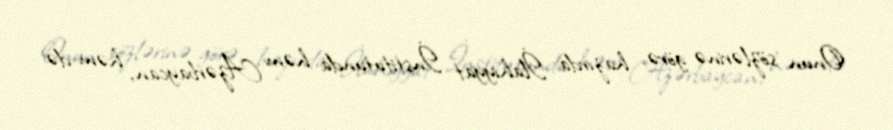
Onun sözlərinə görə, hazırda İlahiyyat İnstitutunda həm Azərbaycan, həm də